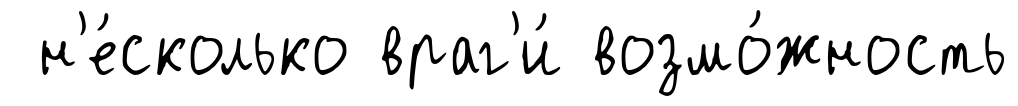
н'е́сколько враг'и́ возмо́жность